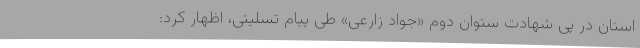
استان در پی شهادت ستوان دوم «جواد زارعی» طی پیام تسلیتی، اظهار کرد: